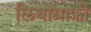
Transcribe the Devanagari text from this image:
लिथोग्राफ़ी